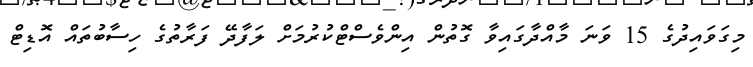
މިގަވައިދުގެ 15 ވަނަ މާއްދާގައިވާ ގޮތުން އިންވެސްޓްކުރުމަށް ލަފާދޭ ފަރާތުގެ ހިސާބުތައް އޮޑިޓް